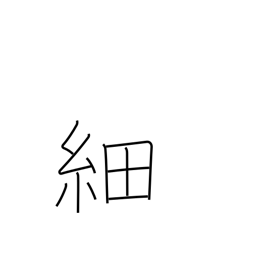
Meaning: slender